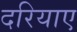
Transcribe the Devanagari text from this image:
दरियाए